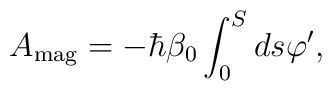
A_{{\rm mag}}=-\hbar \beta _0\int_0^Sds\varphi ^{\prime },